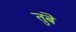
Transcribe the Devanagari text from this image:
तुंबे